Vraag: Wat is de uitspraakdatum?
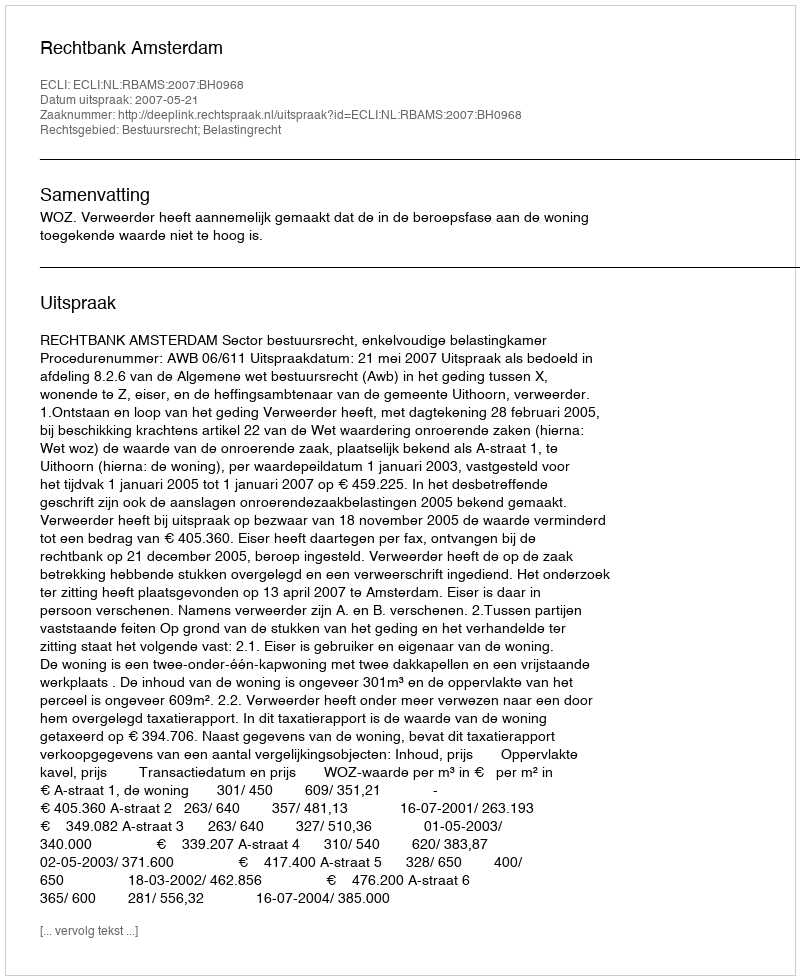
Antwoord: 2007-05-21